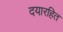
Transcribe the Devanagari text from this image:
दयारहित